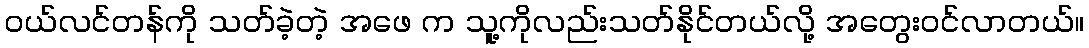
ဝယ်လင်တန်ကို သတ်ခဲ့တဲ့ အဖေ က သူ့ကိုလည်းသတ်နိုင်တယ်လို့ အတွေးဝင်လာတယ်။